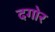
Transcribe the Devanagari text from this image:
दगोर